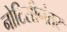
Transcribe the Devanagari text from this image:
नोटिसीनंतर